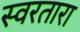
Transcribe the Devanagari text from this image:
स्वरतारा